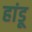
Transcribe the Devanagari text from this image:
हांडू